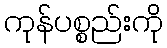
ကုန်ပစ္စည်းကို